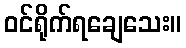
ဝင်ရိုက်ရချေသေး။